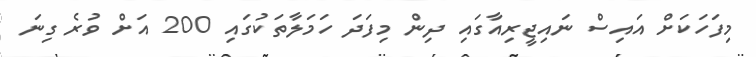
މިފަހަކަށް އައިސް ނައިޖީރިއާގައި ދިން މިފަދަ ހަމަލާތަކުގައި 200 އަށް ވުރެ ގިނަ